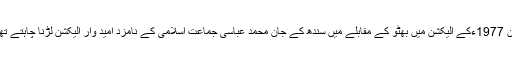
لیکن 1977ءکے الیکشن میں بھٹو کے مقابلے میں سندھ کے جان محمد عباسی جماعت اسلامی کے نامزد امید وار الیکشن لڑنا چاہتے تھے۔